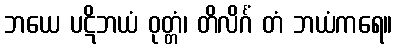
ဘယေ ပဋိဘယံ ဝုတ္တံ၊ တိလိင်္ဂံ တံ ဘယံကရေ။